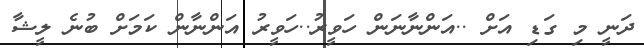
ދަނީ މި ގަޑި އަށް ..އަންނާނަން ހަވީރު..ހަވީރު އަންނާން ކަމަށް ބުނެ ލީޝާ